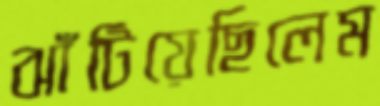
ঝাঁটিয়েছিলেম